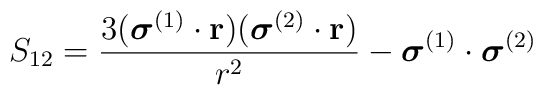
S_{12} = \frac{3(\mbox{\boldmath $\sigma$}^{(1)} \cdot {\bf r})(\mbox{\boldmath $\sigma$}^{(2)} \cdot {\bf r})}{r^{2}} -\mbox{\boldmath $\sigma$}^{(1)} \cdot \mbox{\boldmath $\sigma$}^{(2)}